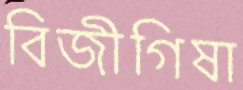
বিজীগিষা